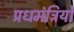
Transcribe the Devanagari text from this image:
प्रधमंत्रियों